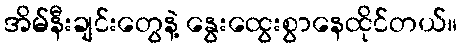
အိမ်နီးချင်းတွေနဲ့ နွေးထွေးစွာနေထိုင်တယ်။